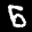
Label: 6